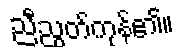
ညီညွတ်ကုန်၏။